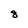
Character: 8